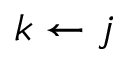
k \gets j